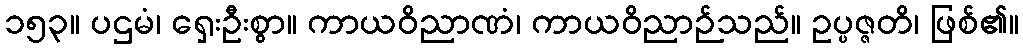
၁၅၃။ ပဌမံ၊ ရှေးဦးစွာ။ ကာယဝိညာဏံ၊ ကာယဝိညာဉ်သည်။ ဥပ္ပဇ္ဇတိ၊ ဖြစ်၏။